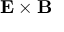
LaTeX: \mathbf { E } \times \mathbf { B }